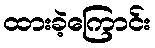
ထားခဲ့ကြောင်း